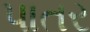
પાતર